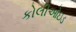
કોલીઓઇડ